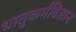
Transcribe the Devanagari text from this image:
धातुकर्मविज्ञान